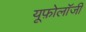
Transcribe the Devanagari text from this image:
यूफ़ोलॉजी